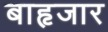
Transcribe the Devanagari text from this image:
बाहृजार